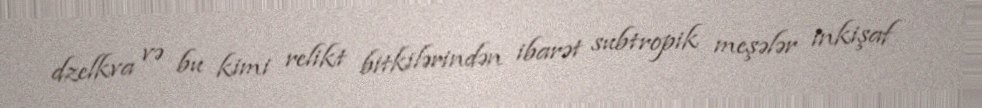
dzelkva və bu kimi relikt bitkilərindən ibarət subtropik meşələr inkişaf